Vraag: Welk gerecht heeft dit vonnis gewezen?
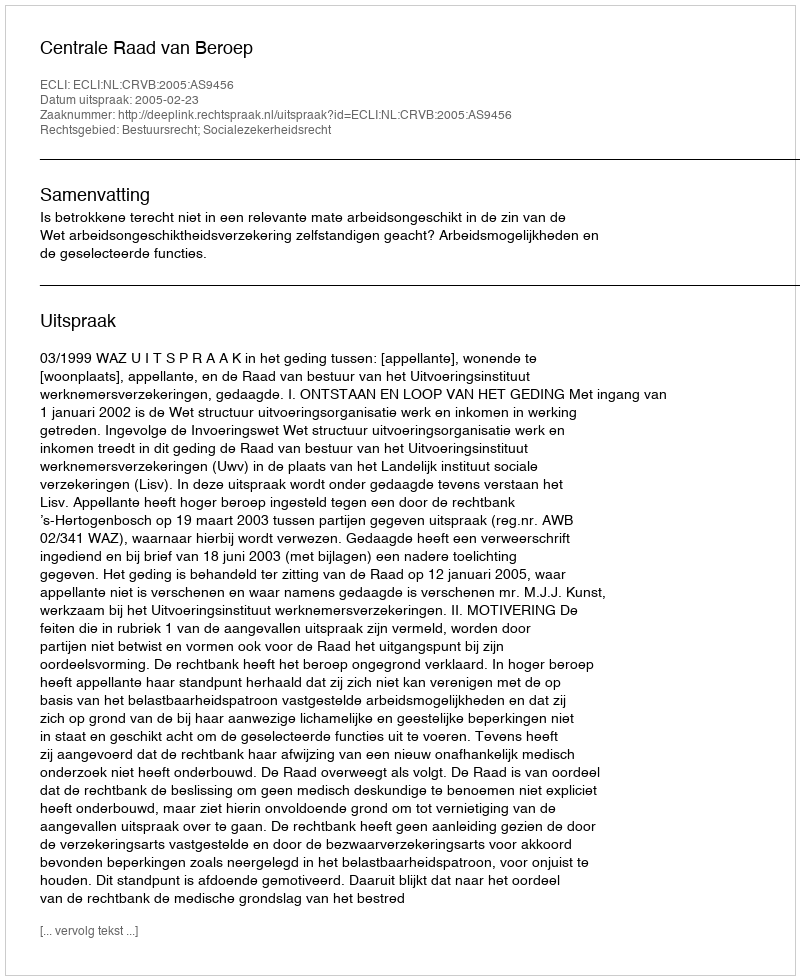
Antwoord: Centrale Raad van Beroep